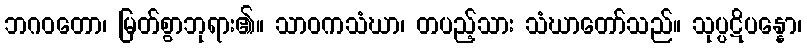
ဘဂဝတော၊ မြတ်စွာဘုရား၏။ သာဝကသံဃာ၊ တပည့်သား သံဃာတော်သည်။ သုပ္ပဋိပန္နော၊